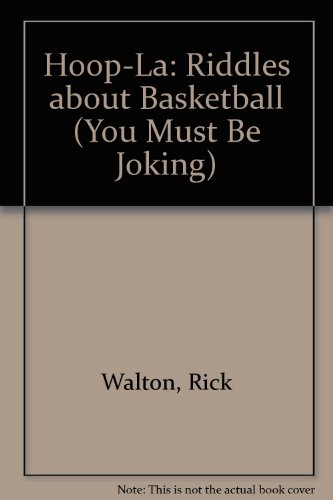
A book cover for Hoop-La: Riddles about Basketball (You Must Be Joking); Rick Walton; Teen & Young Adult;